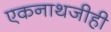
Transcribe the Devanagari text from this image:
एकनाथजीही